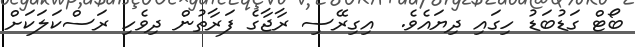
ބޯޓް ގަޑުބަޑު ހިގައި ދިޔައެވެ.  އިގިރޭސި ރާޖާގެ ފަރާތުން ދިވެހި ރަސްކަލަކަށް